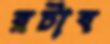
রটাব